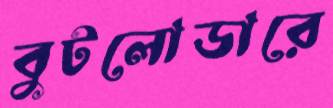
বুটলোডারে